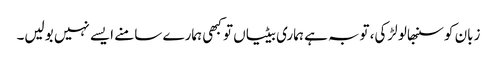
زبان کو سنبھالو لڑکی، توبہ ہے ہماری بیٹیاں تو کبھی ہمارے سامنے ایسے نہیں بولیں۔